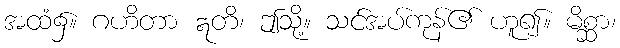
အထံ၌။ ဂဟိတာ ဣတိ၊ ဤသို့။ သင်အပ်ကုန်၏ ဟူ၍။ မိစ္ဆာ၊